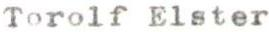
Torolf Elster